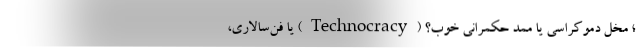
؛ مخلّ دموکراسی یا ممّد حکمرانی خوب؟ (Technocracy) یا فن‌سالاری،